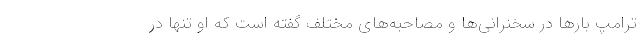
ترامپ بارها در سخنرانی‌ها و مصاحبه‌های مختلف گفته است که او تنها در